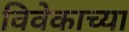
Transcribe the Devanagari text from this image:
विवेकाच्या